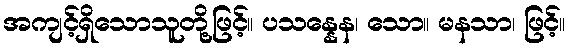
အကျင့်ရှိသောသူတို့ဖြင့်။ ပသန္နေန၊ သော။ မနသာ၊ ဖြင့်။